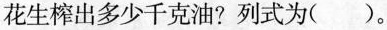
花生榨出多少千克油?列式为()。